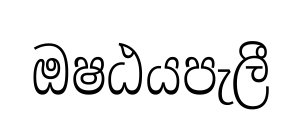
ඔෂඨයපැලී